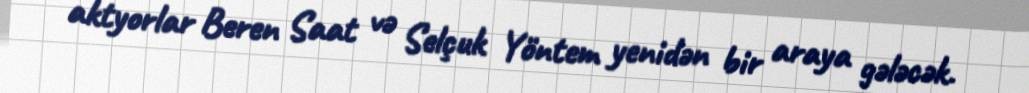
aktyorlar Beren Saat və Selçuk Yöntem yenidən bir araya gələcək.